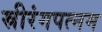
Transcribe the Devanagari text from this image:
स्रीरंगपत्नम